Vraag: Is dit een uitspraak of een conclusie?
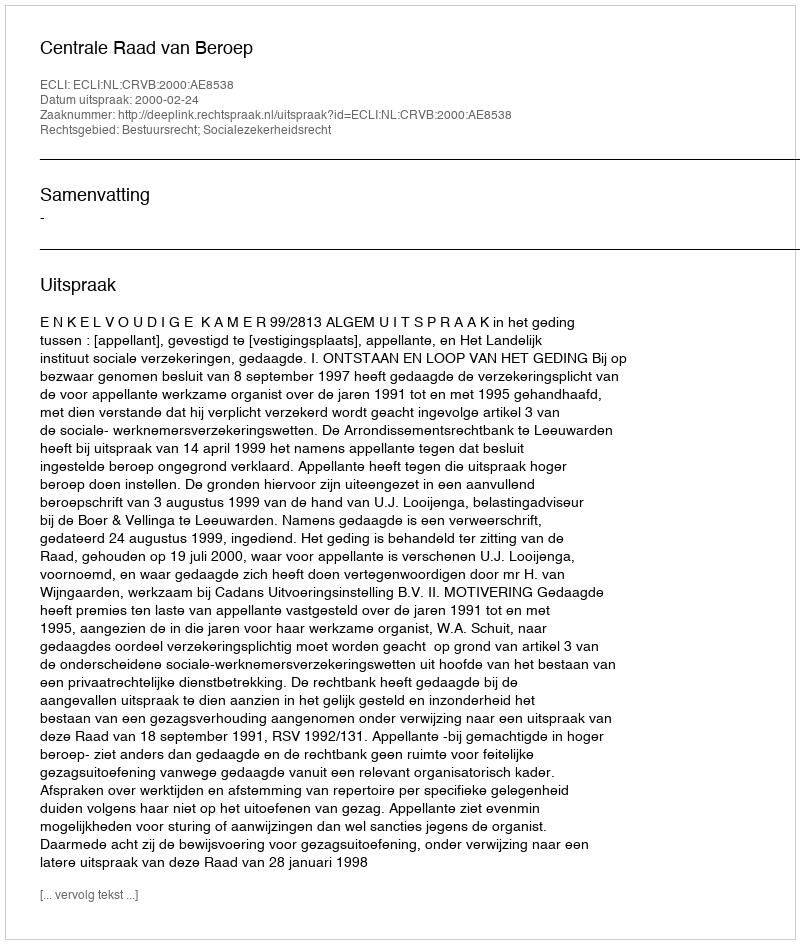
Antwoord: Uitspraak